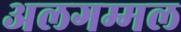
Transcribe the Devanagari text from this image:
अलगम्मल